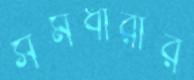
সমধারার